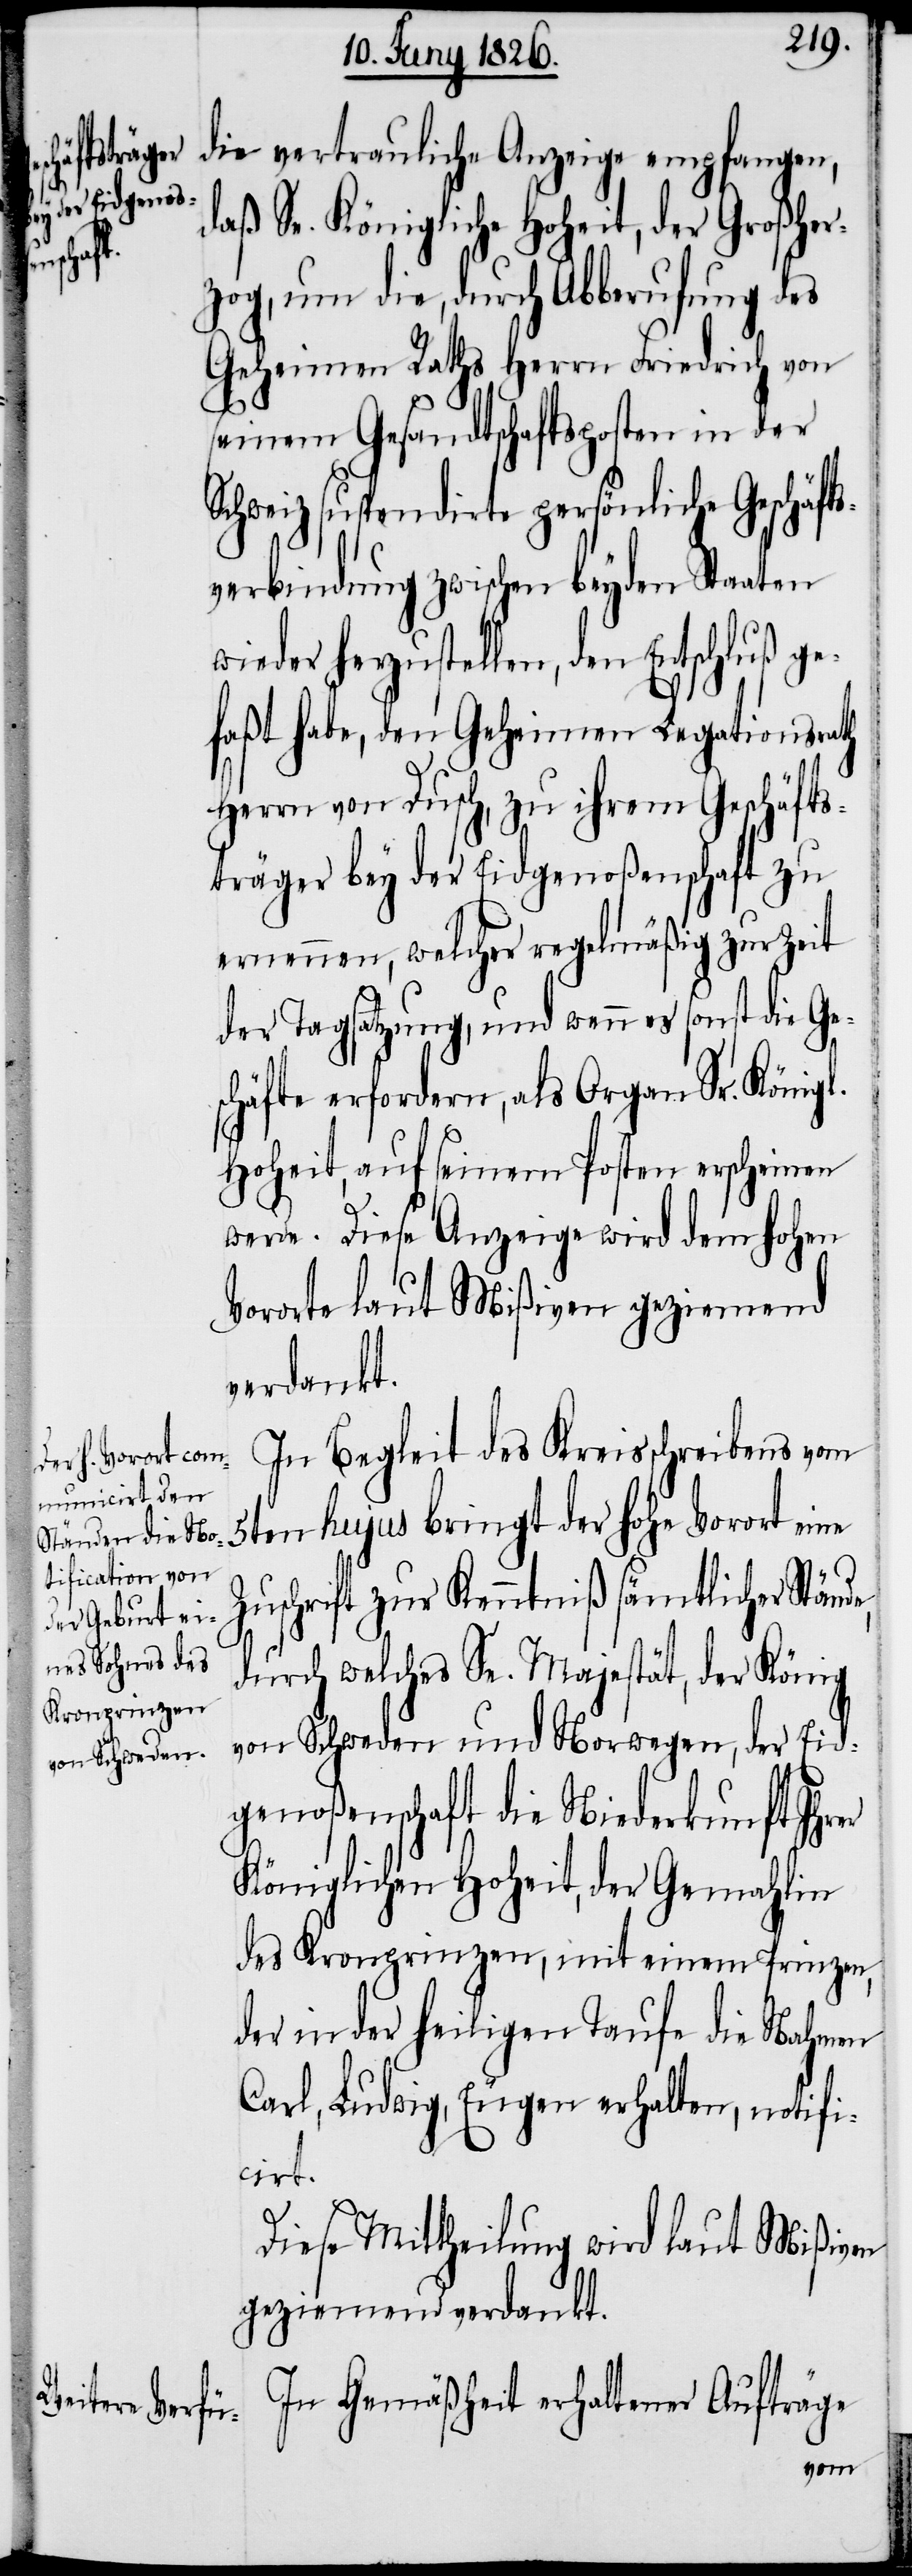
träger¬

die vertrauliche Anzeige empfangen,
daß Se. Königliche Hoheit, der Großher¬
zog, um die, durch Abberufung des
Geheimen Raths Herrn Friedrich von
seinem Gesandtschaftsposten in der
Schweiz suspendirte persönliche Geschäfts¬
verbindung zwischen beyden Staaten
wieder herzustellen, den Entschluß ge¬
faßt habe, den Geheimen Legationsrath
Herrn von Dusch, zu ihrem Geschäfts¬
träger bey der Eidgenoßenschaft zu
ernennen, welcher regelmäßig zur Zeit
der Tagsatzung, und wenn es sonst die Ge¬
schäfte erfordern, als Organ Sr. Königl.
Hoheit, auf seinem Posten erscheinen
werde. Diese Anzeige wird dem hohen
Vororte laut Mißiven geziemend
verdankt.
In Begleit des Kreisschreiben vom
5ten hujus bringt der hohe Vorort eine
Zuschrift zur Kenntniß sämtlicher
durch welches Se. Majestät, der König
von Schweden und Norwegen, der Eid¬
genoßenschaft die Niederkunft Ihrer
Königlichen Hoheit, der Gemahlin
des Kronprinzen, mit einem Prinzen,
der in der heiligen Taufe die Nahmen,
Carl, Ludwig, Eugen erhalten, notifi¬
cirt.
Diese Mittheilung wird laut Mißiven
geziemend verdankt.
In Gemäßheit erhaltener Aufträge